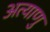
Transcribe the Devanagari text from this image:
अत्याणु